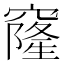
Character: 窿